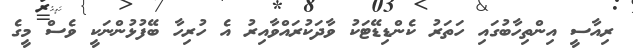
ރިއާސީ އިންތިހާބުގައި ހަތަރު ކެންޑިޑޭޓަކު ވާދަކުރައްވާއިރު އެ ހުރިހާ ބޭފުޅުންނަކީ ވެސް މީގެ